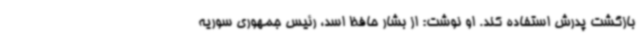
بازگشت پدرش استفاده کند. او نوشت: از بشار حافظ اسد، رئیس جمهوری سوریه